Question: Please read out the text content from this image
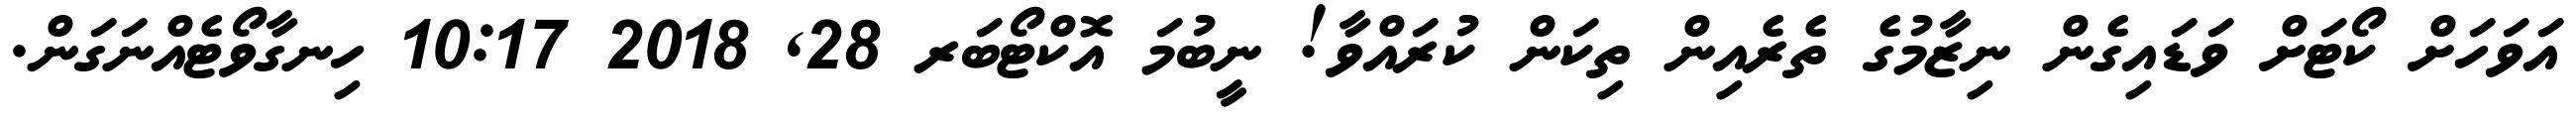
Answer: އަވަހަށް ކޯޓަށް ވަޑައިގެން ނިޒާމުގެ ތެރެއިން ތިކަން ކުރައްވާ! ނީބުމަ އޮކްޓޯބަރ 28, 2018 10:17 ހިނގާވޯޓެއްނަގަން.